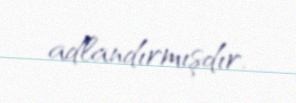
adlandırmışdır.